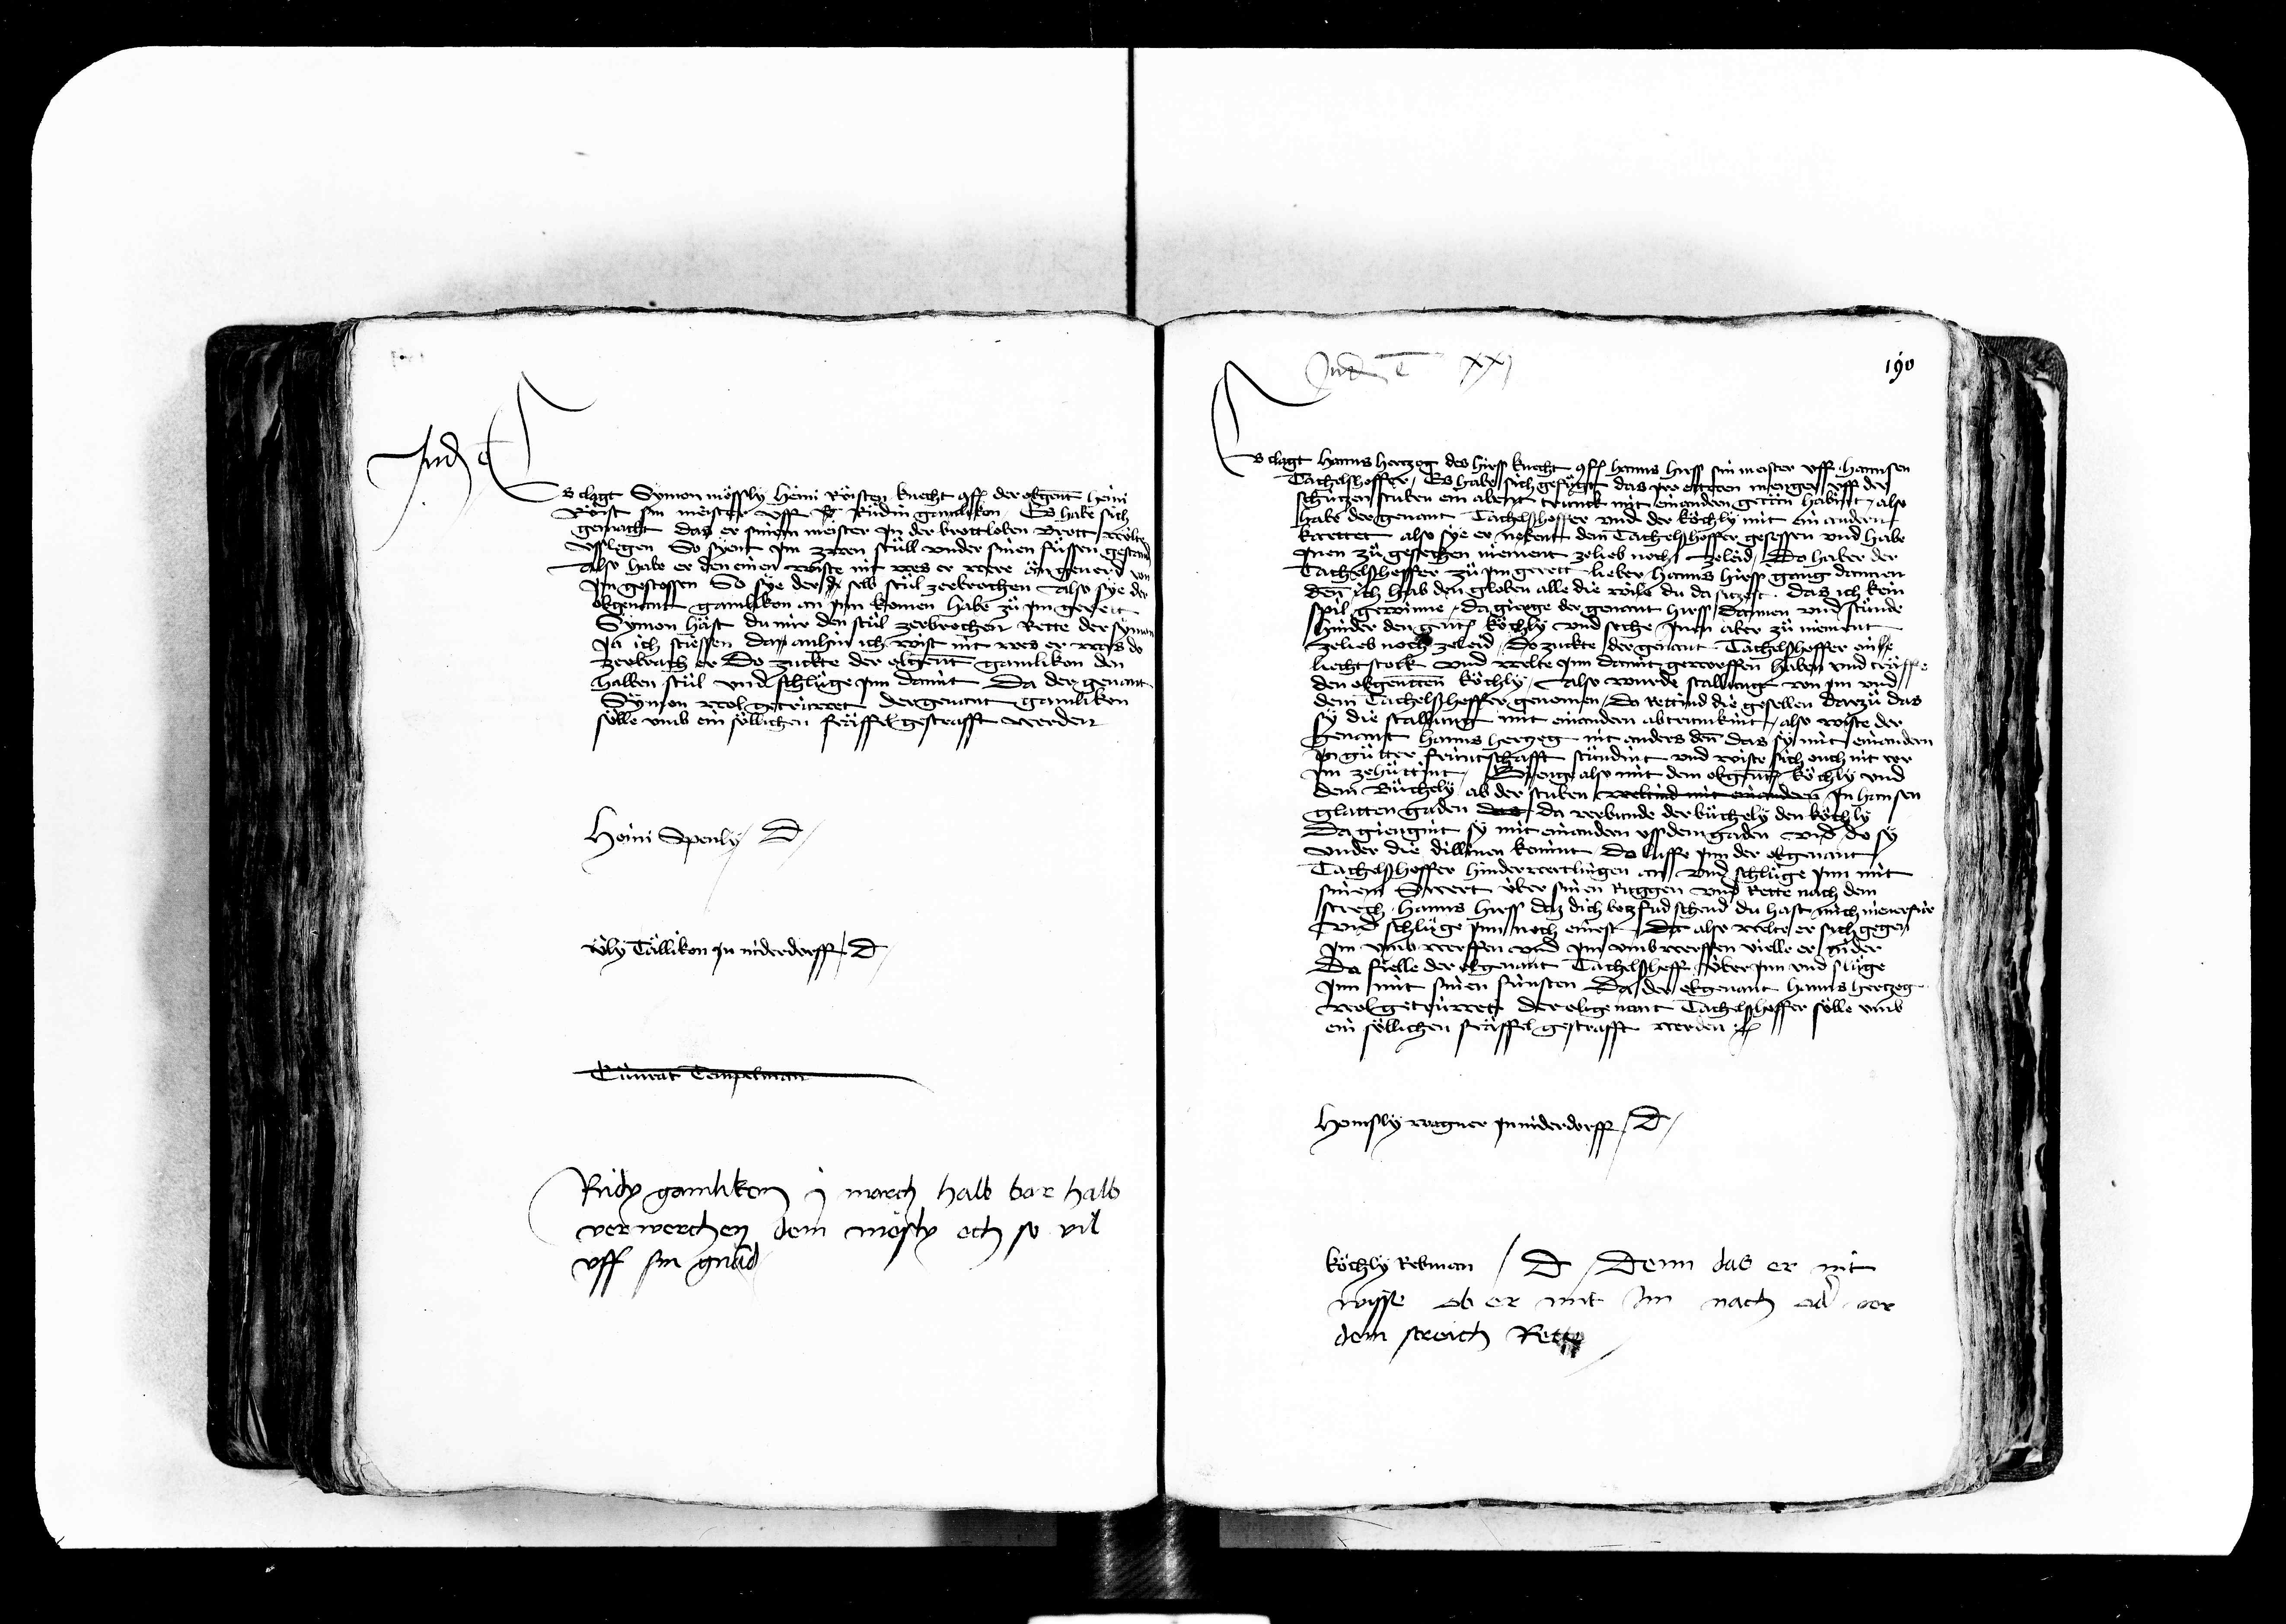
Transcription:
iiij
Es clagt Symon moessly Heini Röisten knecht conf. der obgenant Heini
Röist sin meister uff Ruedin gelikon Es habe sich
gemacht das er sinem meister jn der brottloben brett woelt
So syent jm zwen stüll under sinen füssen
Also habe er den einen wiste nit was er were än geverd
gestossen So sye der dir selb stu zerbrochen Also sye der
obgenant gamlikon an jnn komen habe zue jm gerett
Symon häst du mir den stül zerbrochen Rette der sy
ja ich stiessen dan anhin ich wist nit was er was do
zerbrach er do zuckte der obgenant galikon den
halben stül und schluege jnn damit Da der genant
von wol getrüwet der genant gamliken
sölle umb ein soellichen fräffel gestrafft werden

Heini Spenly dicit

Uely Toellikon jn niderdorff dicit

Judicatum est
Es clagt hanns hertzog des hirs knecht conf. hanns Hirss sin meister uff hannsen
Tachelshoffer Es habe sich gefuegt das jro ettwen nit
schützen stuben ein abent trunck mit einandern getän habint also
habe der genant Tachelsshoffer und der koechly mit ein andern
karttet also sye er nebent den Tachelshoffer gesessen und habe
jnen zue gesechen niement zelieb noch zeleid do habe der
Tachelsshoffer zue jm gerett lieber hanns Hirss gang dannen
denn ich hab den globen alle die wils du da sitzest das ich kein
spil gewunne da gienge der genant Hirss dannen und stund
hinder den genanten koechly und siche jnen aber zue niement
zelieb noch zeleid do zuckte der genant Tachelshoffer ein see
liecht stock und welte jnn damit geworffen habe und trafft
den obgenanten koechly Also wurde stallung von jm
dem Tachelsshoffer genomen do rettind die gesellen darzuo das
sy die stallung mit einandern abtrunkint also wiste der
genant hanns hertzog nit anders denn das sy mit einandern
jn guetter früntschafft stündint und wiste sich ouch nit vor
jm zehuettint Dienge also mit dem obgenanten koechly und
dem Buechely ab der stuben weltind mit einandern jn hansen
glatten gaden das da verbunde der büchely den koech
da giengint sy mit einandern uss dem gaden und do sy
under die dillinen kemint do luffe jnn der obgenant
Tachelsshoffer hinderwertlingen an und schluege jnn mit
sinem swert über sinen ruggen und rette nach dem
strech Hanns Hirss das dich botzfud schend du hast mich niener für
und schluege jnn noch einest da also welte er sich get
jm umb werffen und jm umb werffen vielle er gider
Da fielle der obgenant Tachelsshoff über jnn und slüge
jnn mit sinen fünsten Da der obgenant hanns hertzog
wol getrüwet der obgenant Tachelsshoffer soelle umb
ein soellichen fräffel gestrafft werden
1

195

Cuenrat Tempt

Ruedy gamlikon j march halb bar halb
verwerchen dem messly ouch so vil
vj
sin gnad

koechly Retman dicit denn das er nit
wisse ob er und jm nach oder der
dem strech Rett

Hennsly wagner jn nider dorff dicit